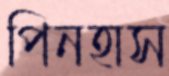
পিনহাস